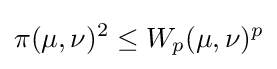
\pi (\mu ,\nu )^{2}\leq W_{p}(\mu ,\nu )^{p}